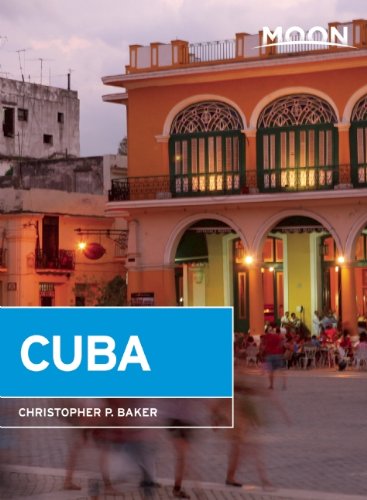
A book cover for Moon Cuba; Christopher P. Baker; Travel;